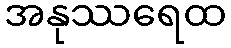
အနုဿရေထ